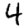
Digit: 4